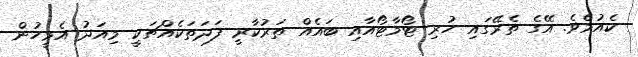
ކެއުމެވެ. އޭގެ ތެރޭގައި ހުރި ޓޯމާޓޯއާއި ބައެއް ތަރުކާރީ ފަދަތަކެއްޗަކީ މިއަދު އެމީހުން